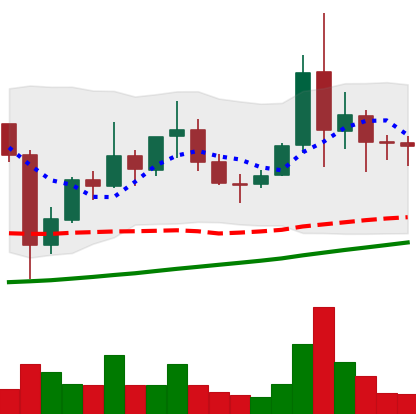
Ticker: XLM-USD
Chart end date: 2021-11-14
Forward return: -6.202%
Label: down_5_7